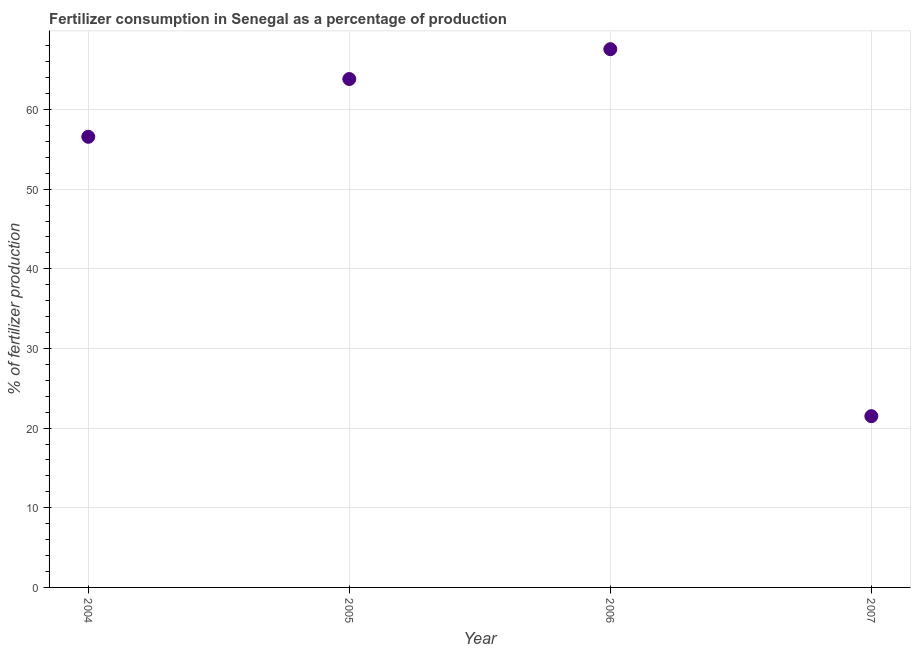
| Year | Fertilizer consumption |
 | --- | --- |
 | 2004 | 56.6 |
 | 2005 | 63.8 |
 | 2006 | 67.6 |
 | 2007 | 21.5 |